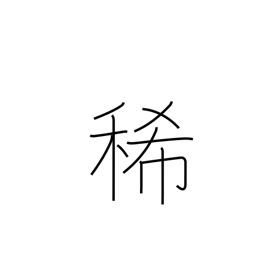
Meaning: dilute (acid)